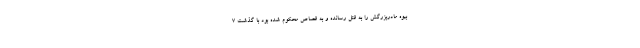
بیوه مادربزرگش را به قتل رسانده و به قصاص محکوم شده بود با گذشت ۷